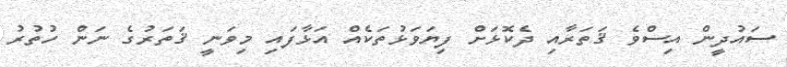
ސައުދީން އިސްވެ ޤަތަރާއި ދެކޮޅަށް ފިޔަވަޅުތަކެއް އަޅާފައި މިވަނީ ޤަތަރުގެ ނަން ހުތުރު